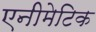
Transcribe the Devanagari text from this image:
एनीमेटिक